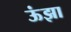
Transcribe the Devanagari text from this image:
ऊंझा